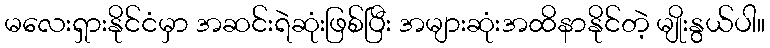
မလေးရှားနိုင်ငံမှာ အဆင်းရဲဆုံးဖြစ်ပြီး အများဆုံးအထိနာနိုင်တဲ့ မျိုးနွယ်ပါ။